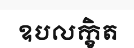
ឧបលក្ខិត